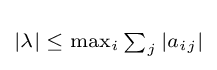
\scriptstyle |\lambda |\;\leq \;\max _{i}\sum _{j}|a_{ij}|